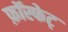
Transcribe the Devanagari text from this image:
फ़ॉस्फेट्